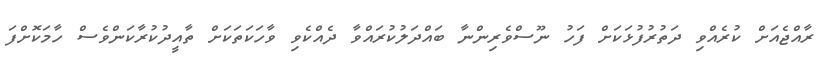
ރާއްޖެއަށް ކުރެއްވި ދަތުރުފުޅަކަށް ފަހު ނޫސްވެރިންނާ ބައްދަލުކުރައްވާ ދެއްކެވި ވާހަކަތަކަށް ތާއީދުކުރާކަންވެސް ހާމަކޮށްފަ